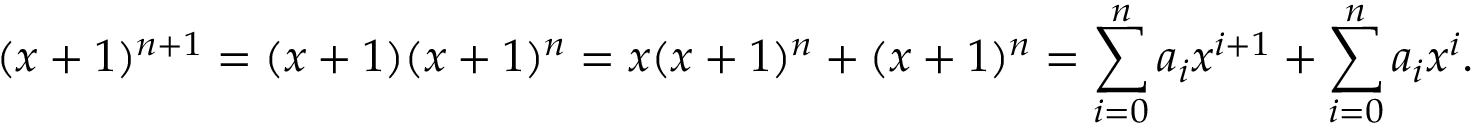
( x + 1 ) ^ { n + 1 } = ( x + 1 ) ( x + 1 ) ^ { n } = x ( x + 1 ) ^ { n } + ( x + 1 ) ^ { n } = \sum _ { i = 0 } ^ { n } a _ { i } x ^ { i + 1 } + \sum _ { i = 0 } ^ { n } a _ { i } x ^ { i } .